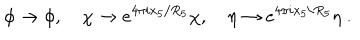
LaTeX: \phi \rightarrow \phi , ~ \chi \rightarrow e ^ { 4 \pi i x _ { 5 } / R _ { 5 } } \chi , ~ \eta \rightarrow e ^ { 4 \pi i x _ { 5 } / R _ { 5 } } \eta \ .